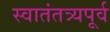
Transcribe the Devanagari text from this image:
स्वातंतत्र्यपूर्व